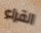
القراء